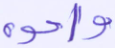
وأخوه